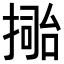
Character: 𢲚